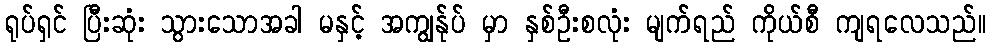
ရုပ်ရှင် ပြီးဆုံး သွားသောအခါ မနှင့် အကျွန်ုပ် မှာ နှစ်ဦးစလုံး မျက်ရည် ကိုယ်စီ ကျရလေသည်။